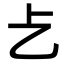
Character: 𠧒